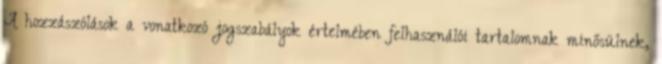
A hozzászólások a vonatkozó jogszabályok értelmében felhasználói tartalomnak minősülnek,